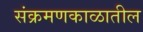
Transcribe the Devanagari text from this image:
संक्रमणकाळातील